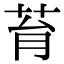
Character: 𦮌